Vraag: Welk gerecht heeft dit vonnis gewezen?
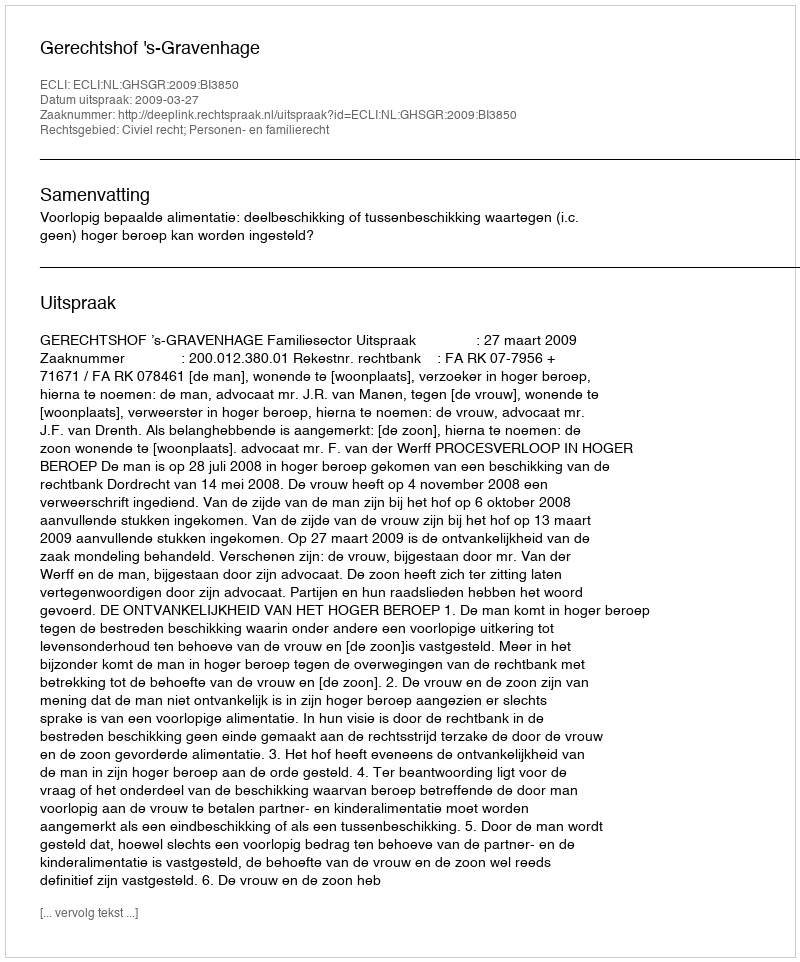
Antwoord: Gerechtshof 's-Gravenhage